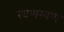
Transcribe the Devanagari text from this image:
खणखण